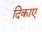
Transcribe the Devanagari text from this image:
दिकाए